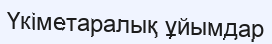
Үкіметаралық ұйымдар